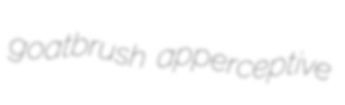
goatbrush apperceptive